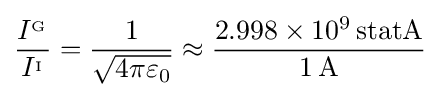
{\frac {I^{_{\mathrm {G} }}}{I^{_{\mathrm {I} }}}}={\frac {1}{\sqrt {4\pi \varepsilon _{0}}}}\approx {\frac {2.998\times 10^{9}\,\mathrm {statA} }{1\,\mathrm {A} }}